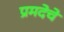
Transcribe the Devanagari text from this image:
प्रमदेचे